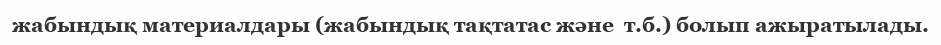
жабындық материалдары (жабындық тақтатас және  т.б.) болып ажыратылады.